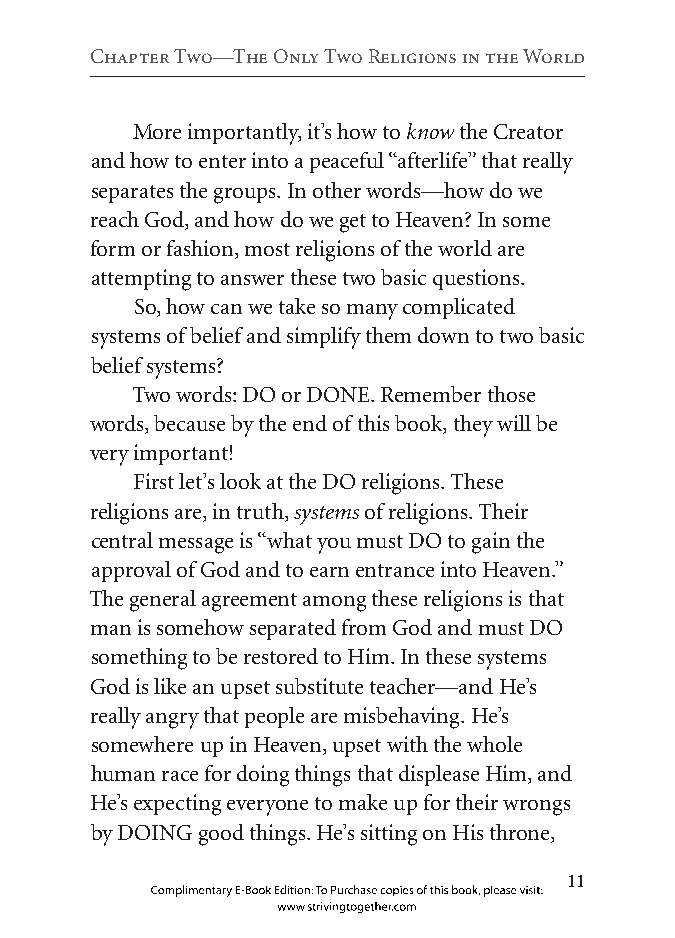
Chapter two—the Only two religions in the world
 More importantly, it’s how to know the Creator
 and how to enter into a peaceful “afterlife” that really
 separates the groups. In other words—how do we
 reach God, and how do we get to Heaven? In some
 form or fashion, most religions of the world are
 attempting to answer these two basic questions.
 So, how can we take so many complicated
 systems of belief and simplify them down to two basic
 belief systems?
 Two words: DO or DONE. Remember those
 words, because by the end of this book, they will be
 very important!
 First let’s look at the DO religions. These
 religions are, in truth, systems of religions. Their
 central message is “what you must DO to gain the
 approval of God and to earn entrance into Heaven.”
 The general agreement among these religions is that
 man is somehow separated from God and must DO
 something to be restored to Him. In these systems
 God is like an upset substitute teacher—and He’s
 really angry that people are misbehaving. He’s
 somewhere up in Heaven, upset with the whole
 human race for doing things that displease Him, and
 He’s expecting everyone to make up for their wrongs
 by DOING good things. He’s sitting on His throne,
 
 Complimentary E-Book Edition: To Purchase copies of this book, please visit:
 www.strivingtogether.com